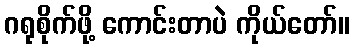
ဂရုစိုက်ဖို့ ကောင်းတာပဲ ကိုယ်တော်။